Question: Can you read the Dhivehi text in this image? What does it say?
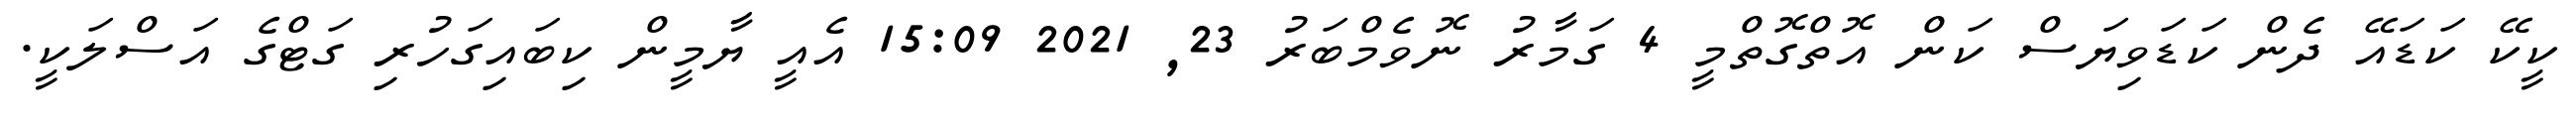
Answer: ކީކޭ ކަޑައޭ ދެން ކަޑަވިޔަސް ކަން އޮތްގޮތްމީ 4 ގަމާރު ނޮވެމްބަރު 23, 2021 15:09 އެއީ ޔާމީން ކިބައިގަހުރި ގަޓްގެ އަސްލަކީ.